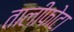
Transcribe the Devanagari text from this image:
तालीफोटा